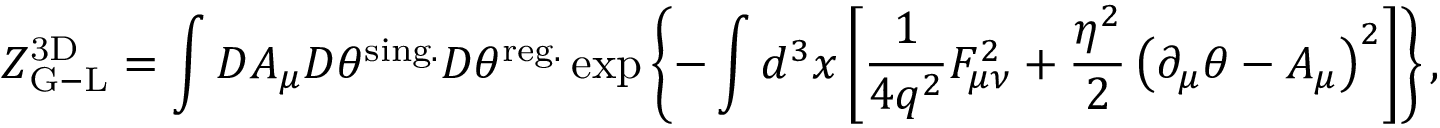
{ \cal Z } _ { \mathrm { G - L } } ^ { \mathrm { 3 D } } = \int { \cal D } A _ { \mu } { \cal D } \theta ^ { \mathrm { s i n g . } } { \cal D } \theta ^ { \mathrm { r e g . } } \exp \left\{ - \int d ^ { 3 } x \left[ \frac { 1 } { 4 q ^ { 2 } } F _ { \mu \nu } ^ { 2 } + \frac { \eta ^ { 2 } } { 2 } \left( \partial _ { \mu } \theta - A _ { \mu } \right) ^ { 2 } \right] \right\} ,